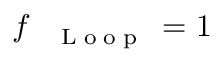
f _ { \mathrm { ~ \tiny ~ \textnormal ~ { ~ L ~ o ~ o ~ p ~ } ~ } } = 1